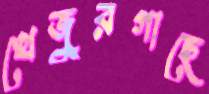
খেজুরগাছে